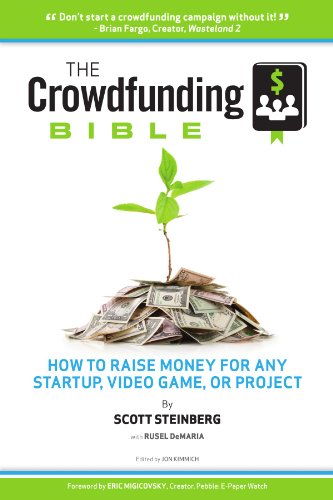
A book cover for The Crowdfunding Bible: How To Raise Money For Any Startup, Video Game Or Project; Scott Steinberg; Business & Money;